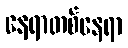
နေရာတစ်နေရာ